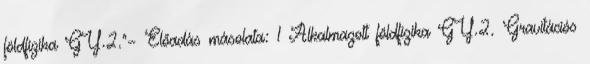
földfizika GY.2."— Előadás másolata: 1 Alkalmazott földfizika GY.2. Gravitációs